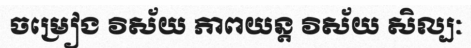
ចម្រៀង វិស័យ ភាពយន្ត វិស័យ សិល្បៈ